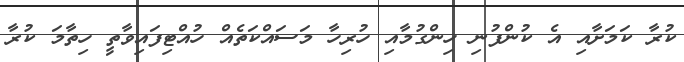
ކުރާ ކަމަށާއި އެ ކުންފުނި ހިންގުމާއި ހުރިހާ މަސައްކަތެއް ހުއްޓިފައިވާތީ ހިތާމަ ކުރާ